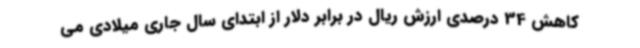
کاهش 34 درصدی ارزش ریال در برابر دلار از ابتدای سال جاری میلادی می